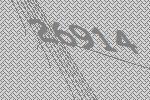
26914